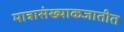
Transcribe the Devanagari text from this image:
मात्रासंख्याकजातीत